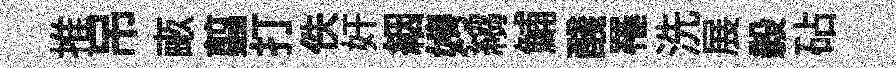
推吊畞翦打佚奸絪娉縐鯆醆罹洗展毅砧